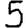
Digit: 5